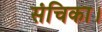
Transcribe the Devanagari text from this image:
संचिका।